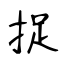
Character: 捉